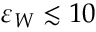
\varepsilon _ { W } \lesssim 1 0